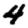
Digit: 4